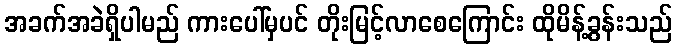
အခက်အခဲရှိပါမည် ကားပေါ်မှပင် တိုးမြင့်လာစေကြောင်း ထိုမိန့်ခွန်းသည်